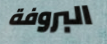
البروفة